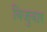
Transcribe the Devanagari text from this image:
विजुवार